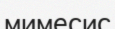
мимесис